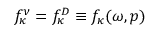
f _ { \kappa } ^ { \nu } = f _ { \kappa } ^ { D } \equiv f _ { \kappa } ( \omega , p )